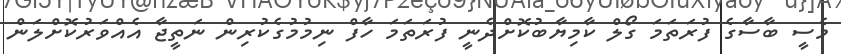
މެސީ ބާސާގެ ފުރަތަމަ ގޯލް ކާމިޔާބުކޮށްދެނީ ފުރަތަމަ ހާފް ނިމުމުގެކުރިން ނަތީޖާ އެއްވަރުކޮށްލަން